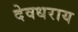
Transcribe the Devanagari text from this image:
देवधराय